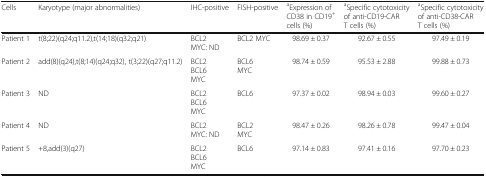
| Cells | Karyotype (major abnormalities) | IHC-positive | FISH-positive | aExpression of CD38 in CD19+ cells (%) | aSpecific cytotoxicity of anti-CD19-CAR T cells (%) | aSpecific cytotoxicity of anti-CD38-CAR T cells (%) |
 | --- | --- | --- | --- | --- | --- | --- |
 | Patient 1 | t(8;22)(q24;q11.2),t(14;18)(q32;q21) | BCL2MYC: ND | BCL2 MYC | 98.69 ± 0.37 | 92.67 ± 0.55 | 97.49 ± 0.19 |
 | Patient 2 | add(8)(q24),t(8;14)(q24;q32), t(3;22)(q27;q11.2) | BCL2BCL6MYC | BCL6MYC | 98.74 ± 0.59 | 95.53 ± 2.88 | 99.88 ± 0.73 |
 | Patient 3 | ND | BCL2BCL6MYC | BCL6 | 97.37 ± 0.02 | 98.94 ± 0.03 | 99.60 ± 0.27 |
 | Patient 4 | ND | BCL2MYC: ND | BCL2MYC | 98.47 ± 0.26 | 98.26 ± 0.78 | 99.47 ± 0.04 |
 | Patient 5 | +8,add(3)(q27) | BCL2BCL6MYC | BCL6 | 97.14 ± 0.83 | 97.41 ± 0.16 | 97.70 ± 0.23 |